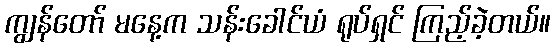
ကျွန်တော် မနေ့က သန်းခေါင်ယံ ရုပ်ရှင် ကြည့်ခဲ့တယ်။